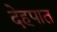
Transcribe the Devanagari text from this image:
देहपात